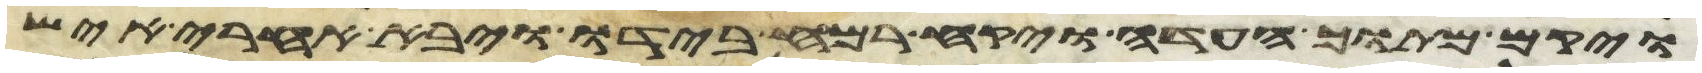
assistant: ויקם מתוך העדה ויקח רמח בידו ויבא אחרי איש